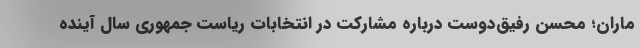
ماران؛ محسن رفیق‌دوست درباره مشارکت در انتخابات ریاست جمهوری سال آینده